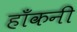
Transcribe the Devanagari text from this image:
हाँकनी